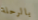
بالرحلة